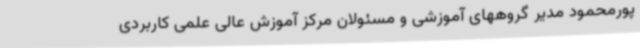
پورمحمود مدیر گروههای آموزشی و مسئولان مرکز آموزش عالی علمی کاربردی